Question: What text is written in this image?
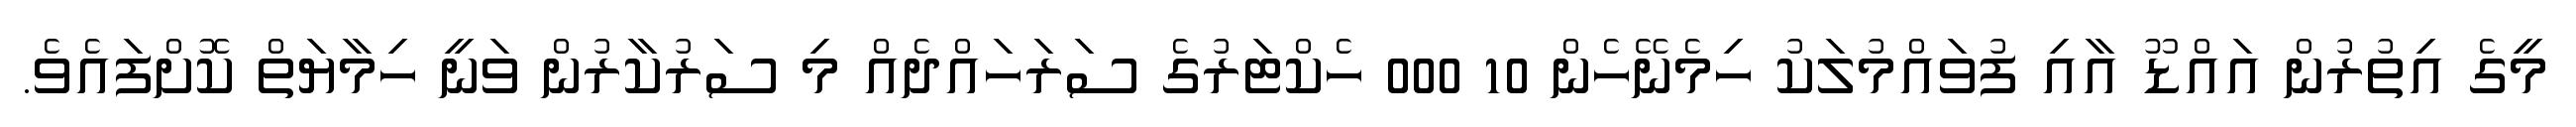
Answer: މީގެ އިތުރުން އައްޑޫ އާއި ފުވައްމުލަކު ހިމެނޭހެން 10 000 ހެކްޓަރުގެ ސަރަހައްދެއް މި ސަރުކާރުން ވަނީ ހިމާޔަތް ކޮށްފައެވެ.